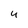
Character: 4